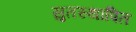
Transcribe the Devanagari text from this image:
सुतस्थापित